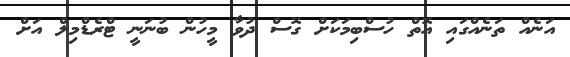
އަނެއް ތަނެއްގައި އޮތް ހުސްބިމަކަށް ގޮސް ދުވާ މީހުން ބުނަނީ ޓްރެޑްމިލް އަށް